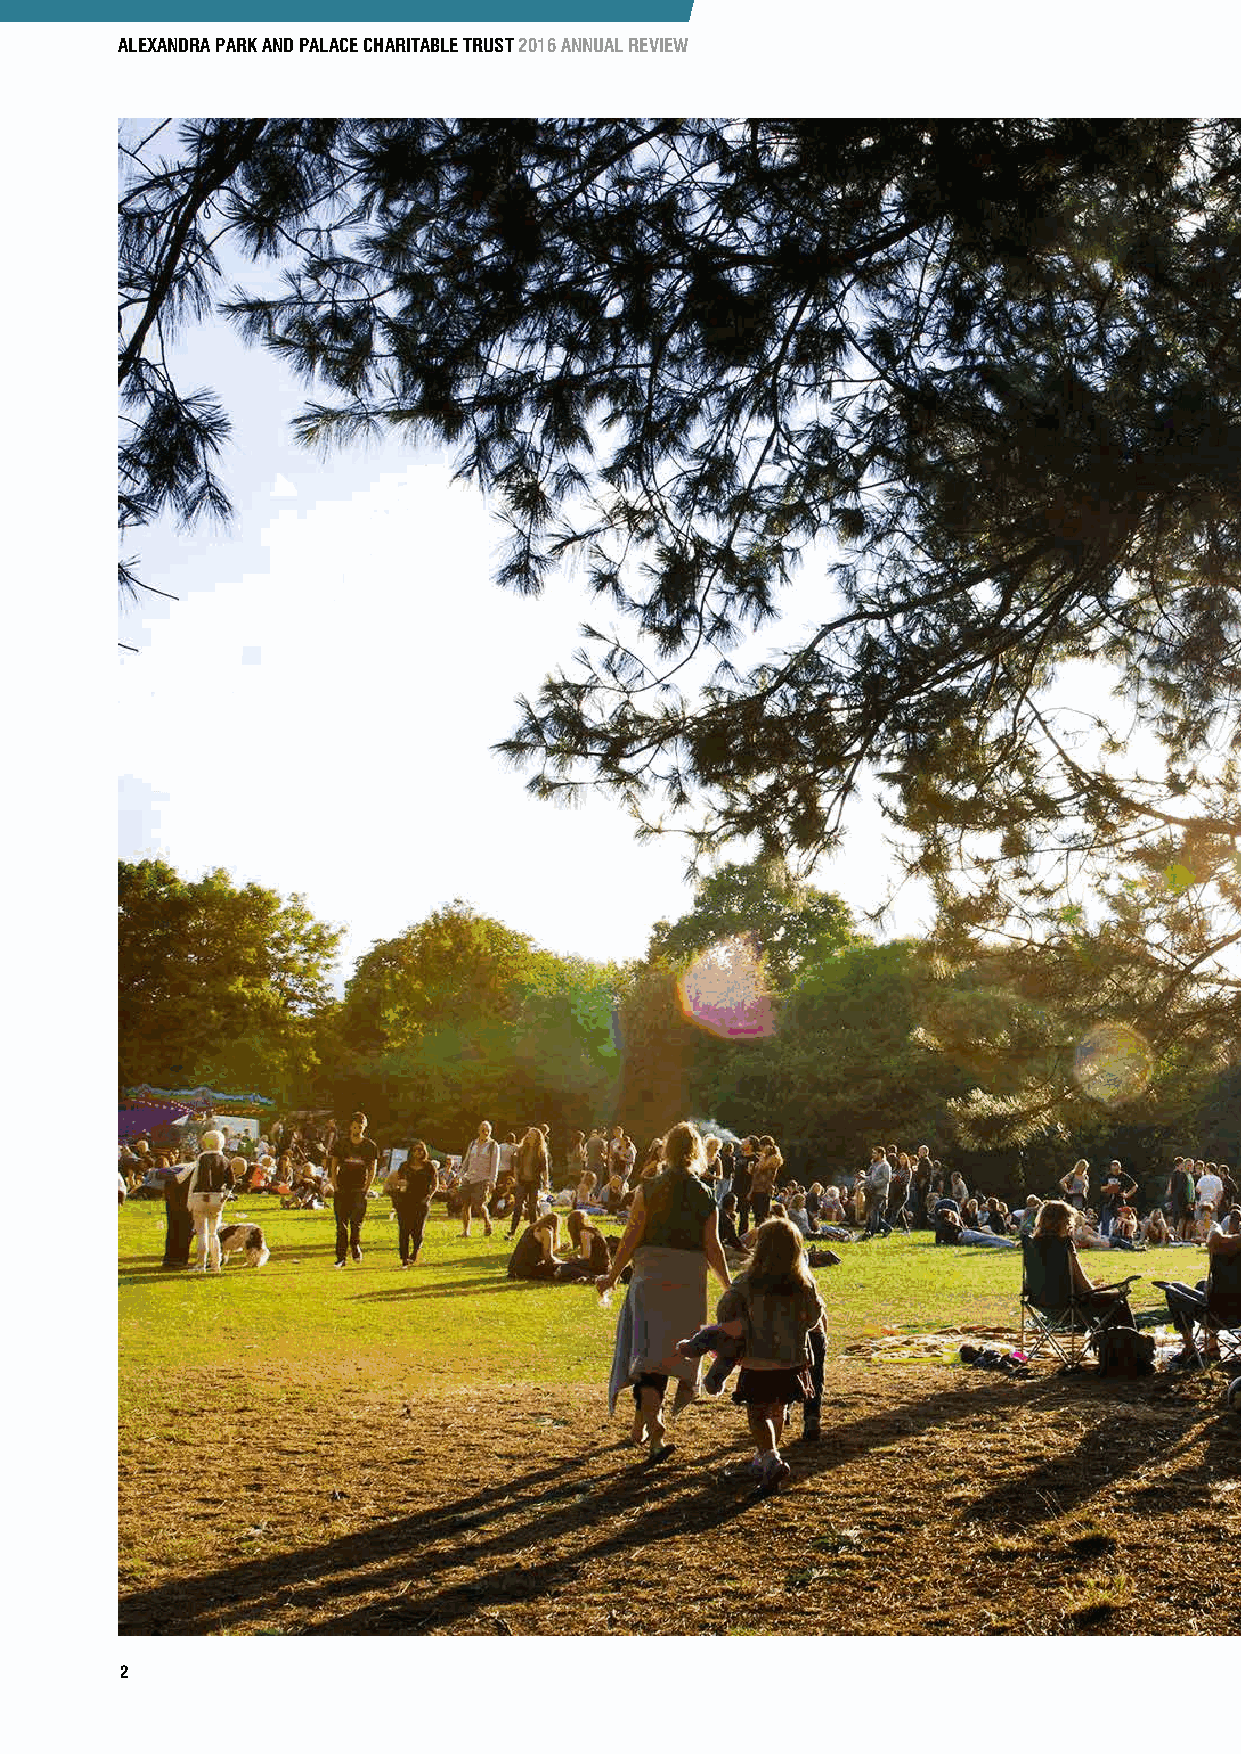
ALEXANDRA PARK AND PALACE CHARITABLE TRUST 2016 ANNUAL REVIEW
 2